Vaccination in Bombay 1874-1876 - 1874-1876
Year: 1874
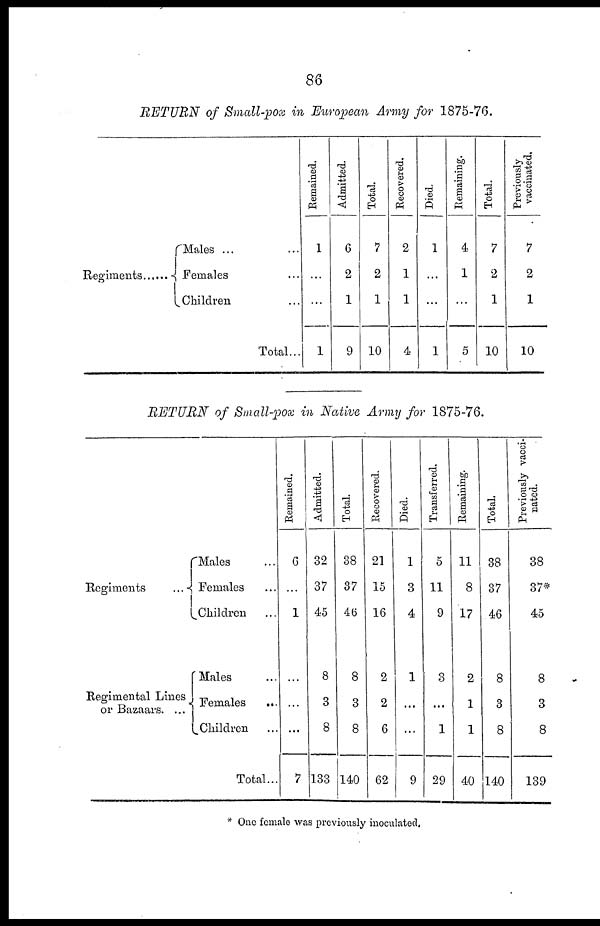
86
RETURN of Small-pox in European Army for 1875-76.
Regiments
Males ... ...
Females ...
Children ...
Total...
Remained.
1
...
...
1
Admitted.
6
2
1
9
Total.
7
2
1
10
Recovered.
2
1
1
4
Died.
1
...
...
1
Remaining.
4
1
...
5
Total.
7
2
1
10
Previously
vaccinated.
7
2
1
10
RETURN of Small-pox in Native Army for 1875-76.
Regiments ...
Regimental Lines
or Bazaars. ...
Males ...
Females ...
Children ...
Males ...
Females
...
Children ...
Total...
Remained.
6
...
1
...
...
...
7
Admitted.
32
37
45
8
3
8
133
Total.
38
37
46
8
3
8
140
Recovered.
21
15
16
2
2
6
62
Died.
1
3
4
1
...
...
9
Transferred.
5
11
9
3
...
1
29
Remaining.
11
8
17
2
1
1
40
Total.
38
37
46
8
3
8
140
Previously vacci-
nated.
38
37*
45
8
3
8
139
* One female was previously inoculated.